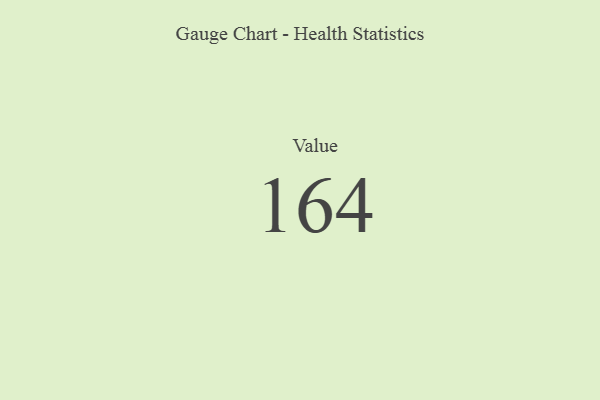
{"axis": {"x": "Metric", "y": "Value"}, "legend": [""], "data": [{"x": "Value", "y": 164, "type": ""}]}